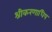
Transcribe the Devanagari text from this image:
श्रीकरणाधिप